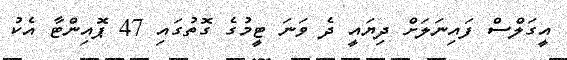
އީގަލްސް ފައިނަލަށް ދިޔައީ ދެ ވަނަ ޓީމުގެ ގޮތުގައި 47 ޕޮއިންޓާ އެކު